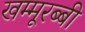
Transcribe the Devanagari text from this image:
खम्मूरब्बी